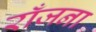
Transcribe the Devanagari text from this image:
राँजना